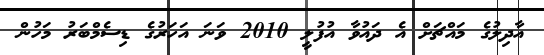
އާދިލުގެ މައްޗަށް އެ ދައުވާ އުފުލީ 2010 ވަނަ އަހަރުގެ ޑިސެމްބަރު މަހުން